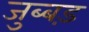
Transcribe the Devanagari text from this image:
जुब्बड़